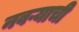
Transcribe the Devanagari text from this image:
नवऱ्याची